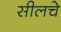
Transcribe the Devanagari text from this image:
सीलचे